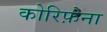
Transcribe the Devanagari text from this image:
कोरिफ़ेना